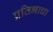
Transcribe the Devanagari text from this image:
प्रतिभाधा